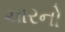
ચારનો